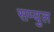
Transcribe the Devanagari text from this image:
सम्युल